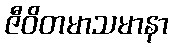
ဇီဝိတမာသမာနာ